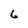
Character: 6